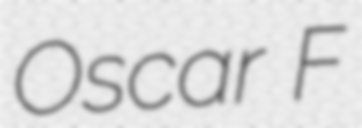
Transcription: Oscar F